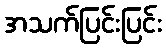
အသက်ပြင်းပြင်း